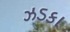
ઝડકા